[Report on the health of British troops in the Madras command]
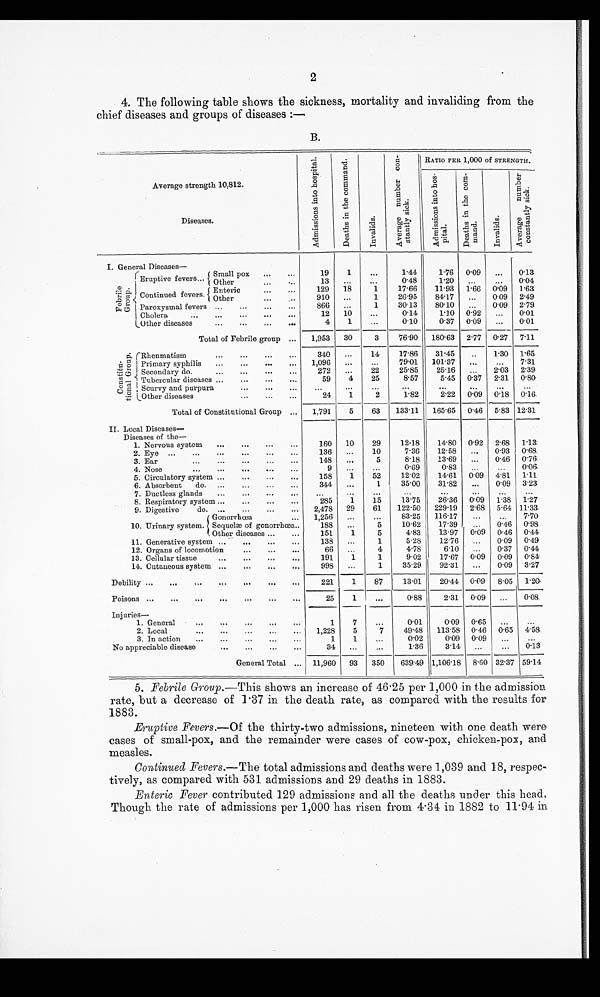
2
4. The following table shows the sickness, mortality and invaliding from the
chief diseases and groups of diseases :—
B.
Average strength 10, 812.
A d m i s s i o n s i n t o h o s p i t a l .
D e a t h s i n t h e c o m m a n d .
I n v a l i d s .
A v e r a g e n u m b e r c o n s t a n t l y s i c k . RATIO PER 1,000 of STRENGTH.
A d m i s s i o n s i n t o h o s p i t a l
D e a t h s i n t h e c o m m a n d .
I n v a l i d s .
A v e r a g e n u m b e r c o n s t a n t l y s i c k .
Diseases.
I. General Diseases
—
F e b r i l e G r o u p .
Eruptive fevers
. . .
Small pox . . .
19
1
. . .
1.44
1.76 0.09
. . .
0.13
O t h e r . . .
13
. . .
. . .
0.48
1.20
. . .
. . .
0 . 0 4
Continued fevers.
129
1 . 8
1
17.66
11.93 1.66 0.09 1.63
E n t e r i c . . .
Other . . .
910
. . .
1
26.95
84.17
. . .
0.09 2.49
Paroxysmal fevers . . .
866
. . .
1
30.13
80.10
. . .
0.09 2.79
12
10
. . .
0.14
1.10 0.92
. . . 0.01.
Cholera . . .
4
1
. . .
0.10
0.37 0.09
. . .
0.01
Other diseases . . .
Total of Febrile group . . .
1,953
30
3
76.90
180.63 2.77 0.27 7.11
C o n s t i t u t i o n a l G r o u p . Rheumatism . . .
340
. . .
14
17.86
31.45
. . . 1.30 1.65
Primary syphilis . . .
1,096
. . .
. . .
79.01
101.37
. . .
. . .
7.31
Secondary do. . . .
272
. . .
22
25.85
25.16
. . .
2.03 2.39
Tubercular diseases . . .
59
4
25
8.57
5.45 0.37 2.31 0.80
Scurvy and purpura . . .
. . .
. . .
. . .
. . .
. . .
. . .
. . .
. . .
Other diseases . . .
24
1
2
1.82
2.22 0.09 0.18 0.16
Total of Constitutional Group . . .
1,791
5
63
133.11
165.65 0.46 5.83 12.31
II. Local Diseases
—
D i s e a s e s o f t h e —
160
10
29
12.18
14.80 0.92 2.68 1.13
1. Nervous system . . .
136
. . .
10
7.36
12.58
. . .
0.93 0.68
2. Eye . . .
148
. . .
5
8.18
13.69
0.46 0.76
3. Ear . . .
4. Nose . . .
9
. . .
. . .
0.69
0.83
. . .
. . .
0.06
5. Circulatory system . . .
158
1
52
12.02
14.61 0.09 4.81 1.11
6. Absorbent do. . . .
344
. . .
1
35.00
31.82
. . . 0.09 3.23
7. Ductless glands . . .
. . .
. . .
. . .
. . .
. . .
. . .
. . .
. . .
2.85
1
15
13.75
26.36 0. 09 1.38 1.27
8. Respiratory system . . .
2,478
29
61
122.50
229.19 2.68 5.64 11.33
9. Digestive
do.. . .
10. Urinary system.
Gonorrhœa . . .
1,256
. . .
. . .
83.25
116.17
. . .
. . . 7.70
. . .
5
10.62
17.39
. . .
0.98
Sequelæ of gonorrhœa . . .
188
0.46
5
4.83
13.97
0.46 0.44
Other diseases . . .
151
1
0.09
11. Generative system . . .
138
. . .
1
5.28
12.76
. . . 0.09 0.49
12. Organs of locomotion . . .
66
. . .
4
4.78
6.10
. . . 0.37 0.44
13. Cellular tissue . . .
191
.1
1
9.02
17.67 0.09 0. 09 0 . 8 4
14. Cutaneous system . . .
998
. . .
1
35.29
92.31
. . . 0.09 3.27
Debility . . .
221
1
87
13.01
20.44 0.09 8.05 1.20
Poisons . . .
25
1
. . .
0.88
2.31 0.09 . . .
0.08
Injuries—
0.01
0.09 0.65
1. General . . .
1
7
. . .
. . .
. . .
2. Local . . .
1,228
5
7
49.48
113.58 0.46 0.65 4.58
3. In action . . .
1
1
. . .
0.02
0.09 0.09
. . .
. . .
No appreciable disease . . .
1.36
3.14
0.13
34
. . .
. . .
. . .
. . .
General Total . . . 11,960 93 350 639.49 1,106.18 8.60 32.37 59.14
5. Febrile Group.—This shows an increase of 46.25 per 1,000 in the admission
rate, but a decrease of 1.37 in the death rate, as compared with the results for
1883.
Eruptive Fevers.—Of the thirty-two admissions, nineteen with one death were
cases of small-pox, and the remainder were cases of cow-pox, chicken-pox, and
measles.
Continued Fevers.—The total admissions and deaths were 1,039 and 18, respec
-tively, as compared with 531 admissions and 29 deaths in 1883.
Enteric Fever contributed 129 admissions and all the deaths under this head.
Though the rate of admissions per 1,000 has risen from 4.31 in 1882 to 11.94 in